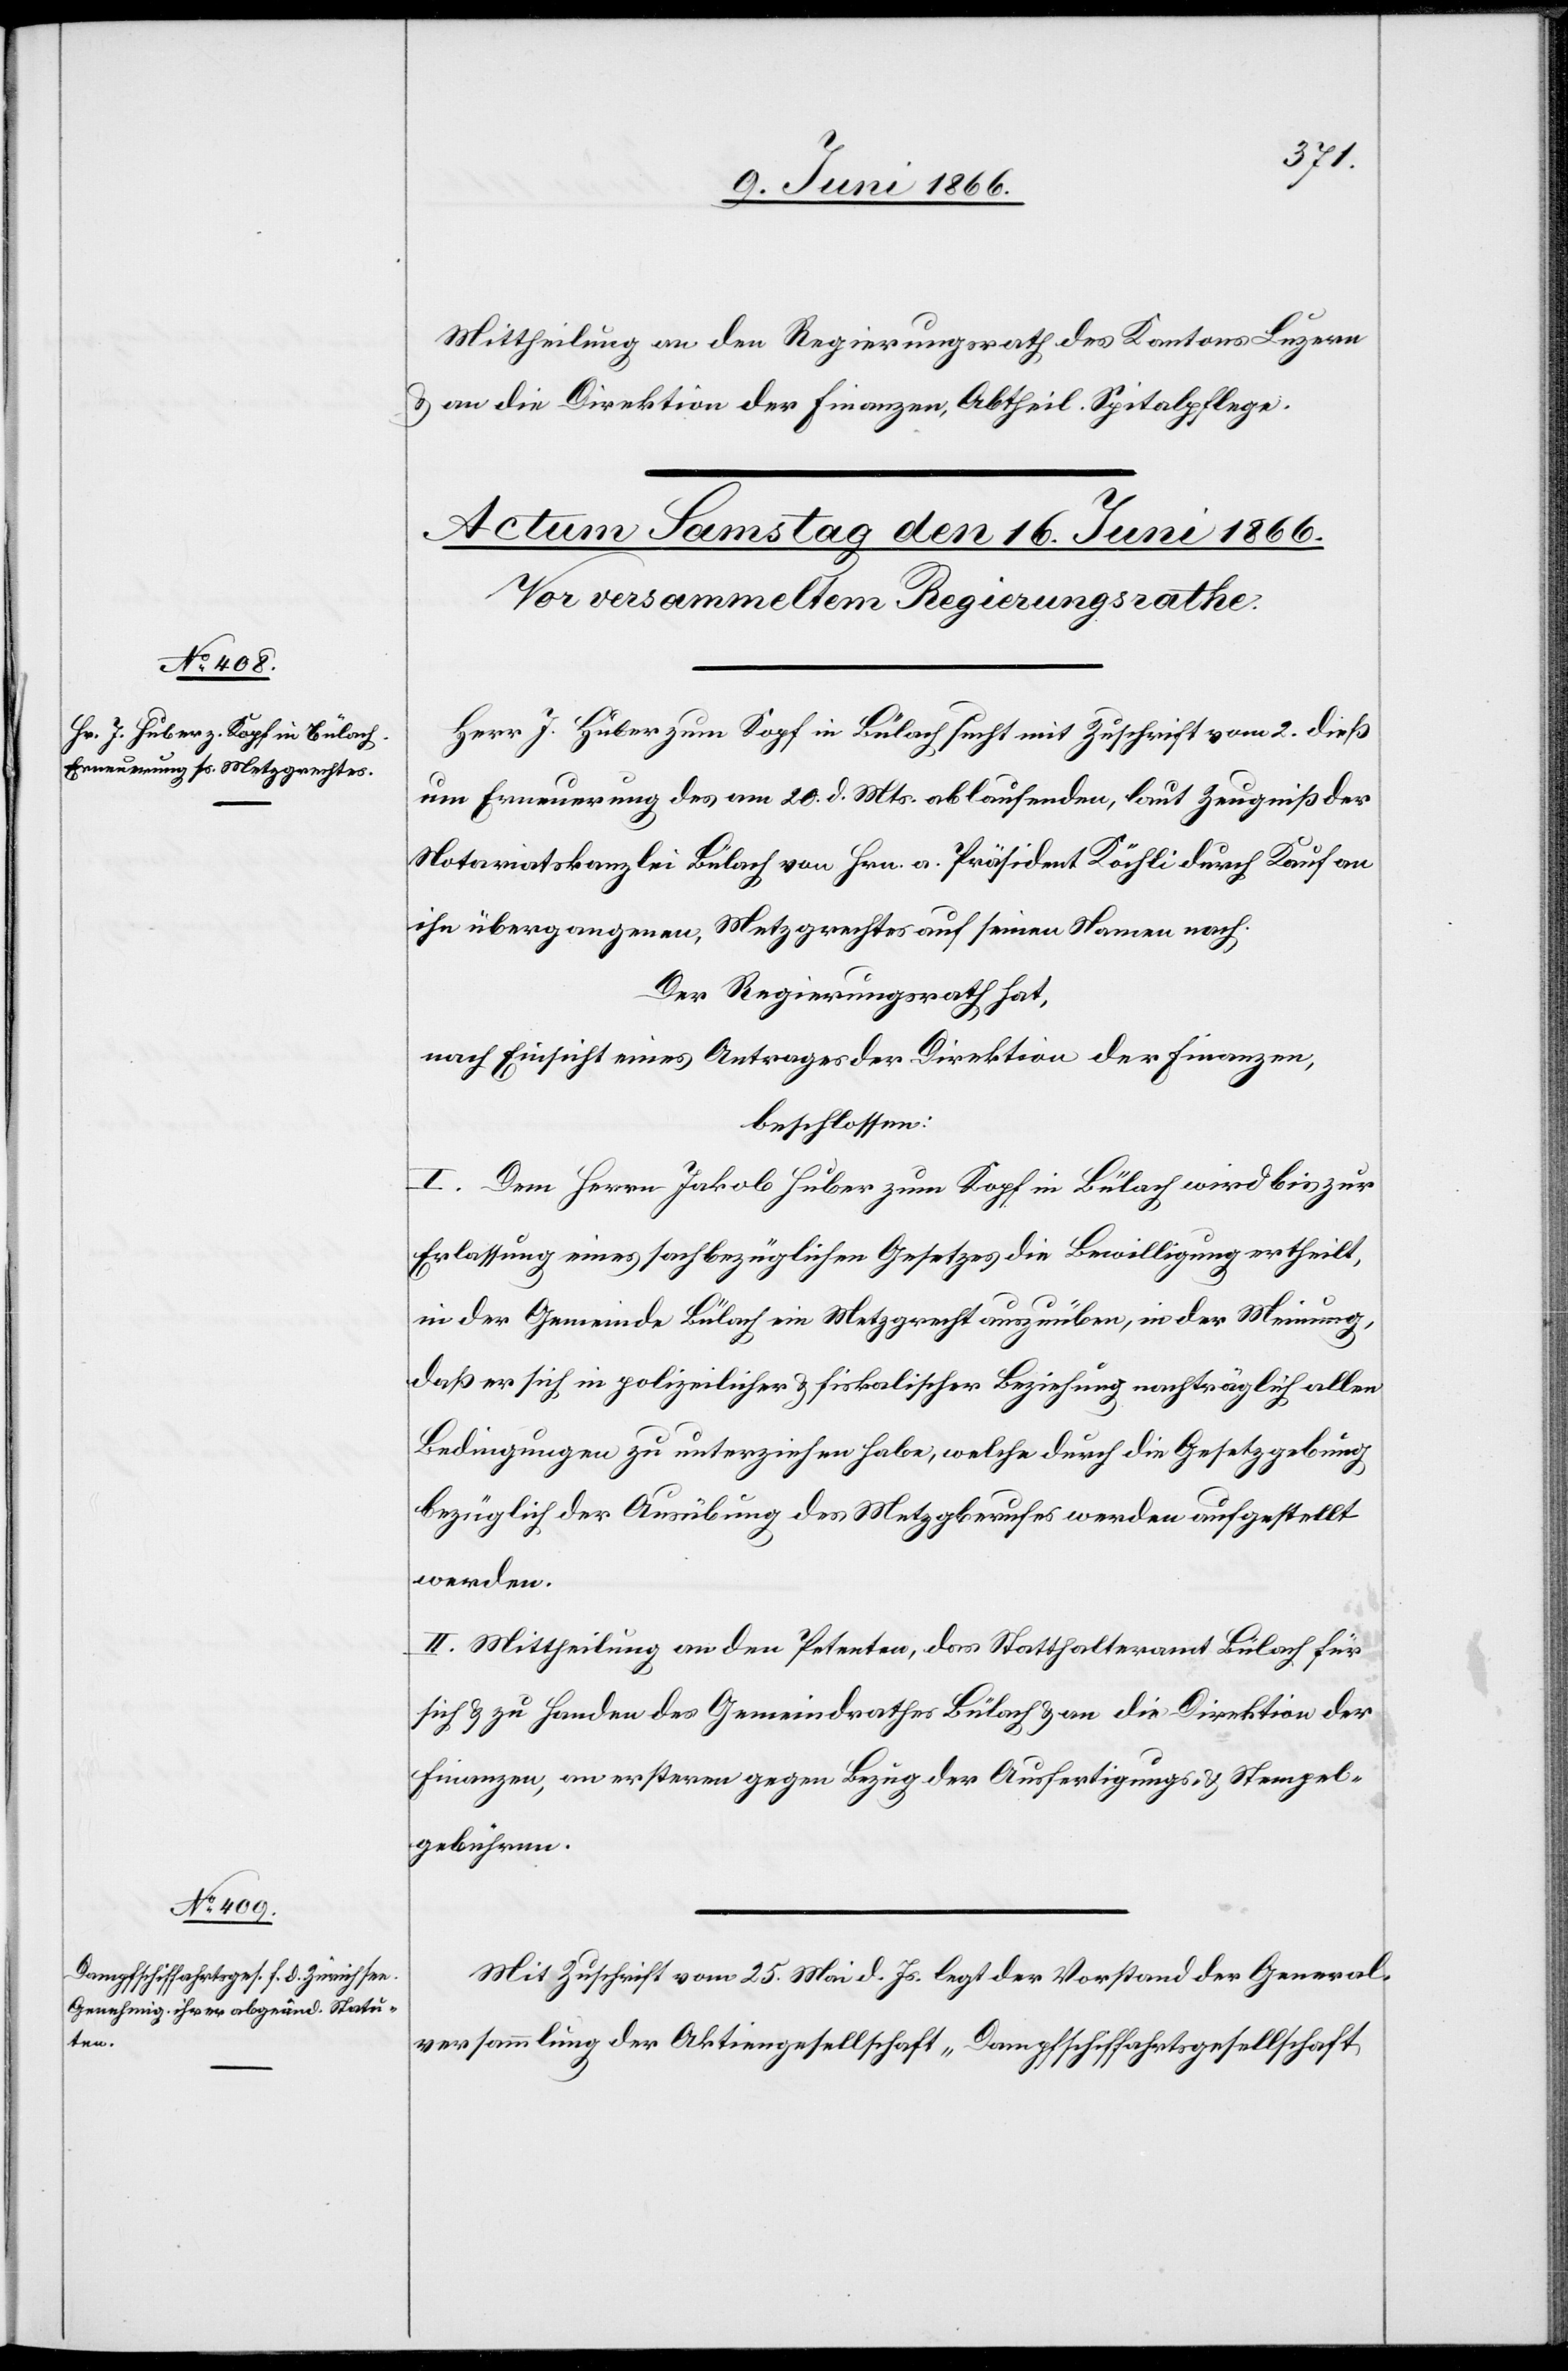
Mittheilung an den Regierungsrath des Kantons Luzern
u. an die Direktion der Finanzen, Abtheil. Spitalpflege.
Herr J. Bucher zum Kopf in Bülach sucht mit Zuschrift vom 2. dieß
um Erneuerung des am 20. d. Mts. ablaufenden, laut Zeugniß der
Notariatskanzlei Bülach von Hrn. a. Präsident Köchli durch Kauf an
ihn übergangene(n), Metzgrechtes auf seinen Namen nach.
Der Regierungsrath hat,
nach Einsicht eines Antrages der Direktion der Finanzen,
beschlossen:
I. Dem Herrn Jakob Huber zum Kopf in Bülach wird bis zur
Erlassung eines sachbezüglichen Gesetzes die Bewilligung ertheilt,
in der Gemeinde Bülach ein Metzgrecht auszuüben, in der Meinung,
daß er sich in polizeilicher u. fiskalischer Beziehung nachträglich allen
Bedingungen zu unterziehen habe, welche durch die Gesetzgebung
bezüglich der Ausübung des Metzgberufes werden aufgestellt
werden.
II. Mittheilung an den Petenten, das Statthalteramt Bülach für
sich u. zu Handen des Gemeindrathes Bülach u. an die Direktion der
Finanzen, an erstern gegen Bezug der Ausfertigungs- u. Stempel¬
gebühren.
Mit Zuschrift vom 25. Mai d. Js. legt der Vorstand der General¬
versammlung der Aktiengesellschaft „Dampfschiffahrtsgesellschaft